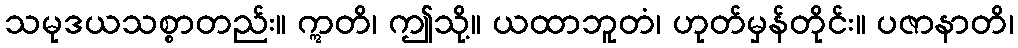
သမုဒယသစ္စာတည်း။ ဣတိ၊ ဤသို့။ ယထာဘူတံ၊ ဟုတ်မှန်တိုင်း။ ပဇာနာတိ၊